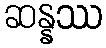
ဆန္နဿ